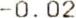
-0.02